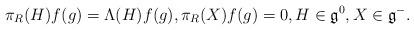
LaTeX: \begin{gather*}\pi_R(H) f(g) = \Lambda(H) f(g),\pi_R(X) f(g) = 0,H \in {\mathfrak g}^0, X \in {\mathfrak g}^-.\end{gather*}